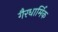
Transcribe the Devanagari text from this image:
गैरधार्मिक